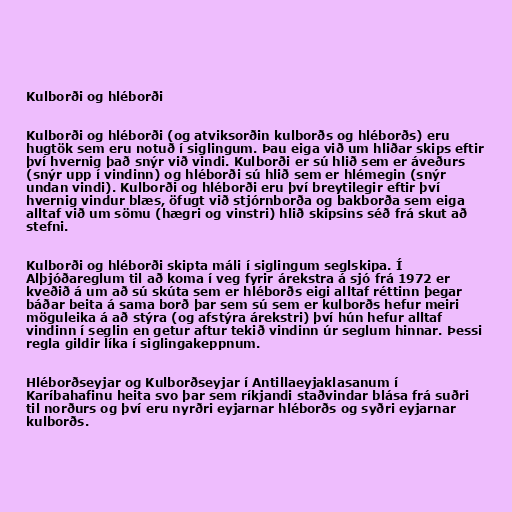
Kulborði og hléborði

Kulborði og hléborði (og atviksorðin kulborðs og hléborðs) eru
hugtök sem eru notuð í siglingum. Þau eiga við um hliðar skips eftir
því hvernig það snýr við vindi. Kulborði er sú hlið sem er áveðurs
(snýr upp í vindinn) og hléborði sú hlið sem er hlémegin (snýr
undan vindi). Kulborði og hléborði eru því breytilegir eftir því
hvernig vindur blæs, öfugt við stjórnborða og bakborða sem eiga
alltaf við um sömu (hægri og vinstri) hlið skipsins séð frá skut að
stefni.

Kulborði og hléborði skipta máli í siglingum seglskipa. Í
Alþjóðareglum til að koma í veg fyrir árekstra á sjó frá 1972 er
kveðið á um að sú skúta sem er hléborðs eigi alltaf réttinn þegar
báðar beita á sama borð þar sem sú sem er kulborðs hefur meiri
möguleika á að stýra (og afstýra árekstri) því hún hefur alltaf
vindinn í seglin en getur aftur tekið vindinn úr seglum hinnar. Þessi
regla gildir líka í siglingakeppnum.

Hléborðseyjar og Kulborðseyjar í Antillaeyjaklasanum í
Karíbahafinu heita svo þar sem ríkjandi staðvindar blása frá suðri
til norðurs og því eru nyrðri eyjarnar hléborðs og syðri eyjarnar
kulborðs.